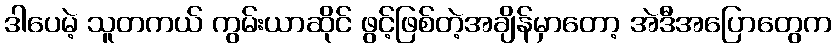
ဒါပေမဲ့ သူတကယ် ကွမ်းယာဆိုင် ဖွင့်ဖြစ်တဲ့အချိန်မှာတော့ အဲဒီအပြောတွေက